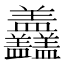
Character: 𥃣